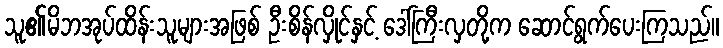
သူ၏မိဘအုပ်ထိန်းသူများအဖြစ် ဦးစိန်လှိုင်နှင့် ဒေါ်ကြီးလှတို့က ဆောင်ရွက်ပေးကြသည်။